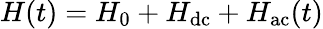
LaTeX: H(t)=H_{0}+H_{\mathrm{dc}}+H_{\mathrm{ac}}(t)